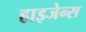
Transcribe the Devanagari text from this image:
हाइजेन्स